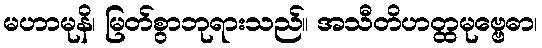
မဟာမုနိ၊ မြတ်စွာဘုရားသည်။ အသီတိဟတ္ထမုဗ္ဗေဓာ၊